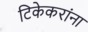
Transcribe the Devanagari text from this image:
टिकेकरांना